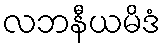
လဘနီယမိဒံ